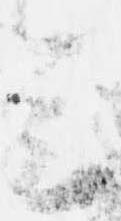
会